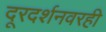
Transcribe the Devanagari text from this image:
दूरदर्शनवरही